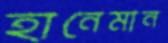
হানেমান